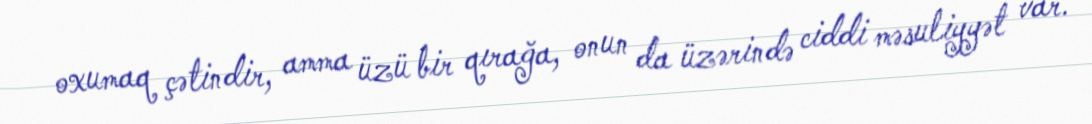
oxumaq çətindir, amma üzü bir qırağa, onun da üzərində ciddi məsuliyyət var.